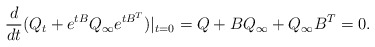
\begin{align*}\frac{d}{dt}(Q_t+e^{tB}Q_{\infty}e^{tB^T})|_{t=0}=Q+BQ_{\infty}+Q_{\infty}B^T=0.\end{align*}